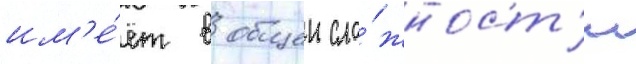
им'е́ет в общеи сло́жност'и